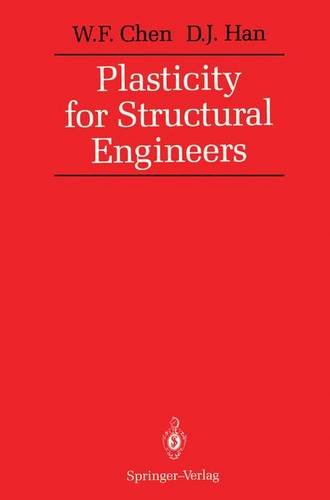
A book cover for Plasticity for Structural Engineers; Wai Fah Chen; Science & Math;